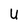
Character: U